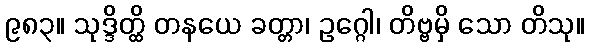
၉၈၃။ သုဒ္ဒိတ္ထိ တနယေ ခတ္တာ၊ ဥဂ္ဂေါ၊ တိဗ္ဗမှိ သော တိသု။